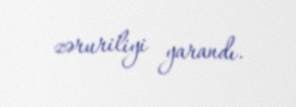
zəruriliyi yarandı.